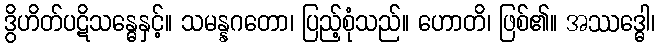
ဒွိဟိတ်ပဋိသန္ဓေနှင့်။ သမန္နဂတော၊ ပြည့်စုံသည်။ ဟောတိ၊ ဖြစ်၏။ အဿဒ္ဓေါ၊